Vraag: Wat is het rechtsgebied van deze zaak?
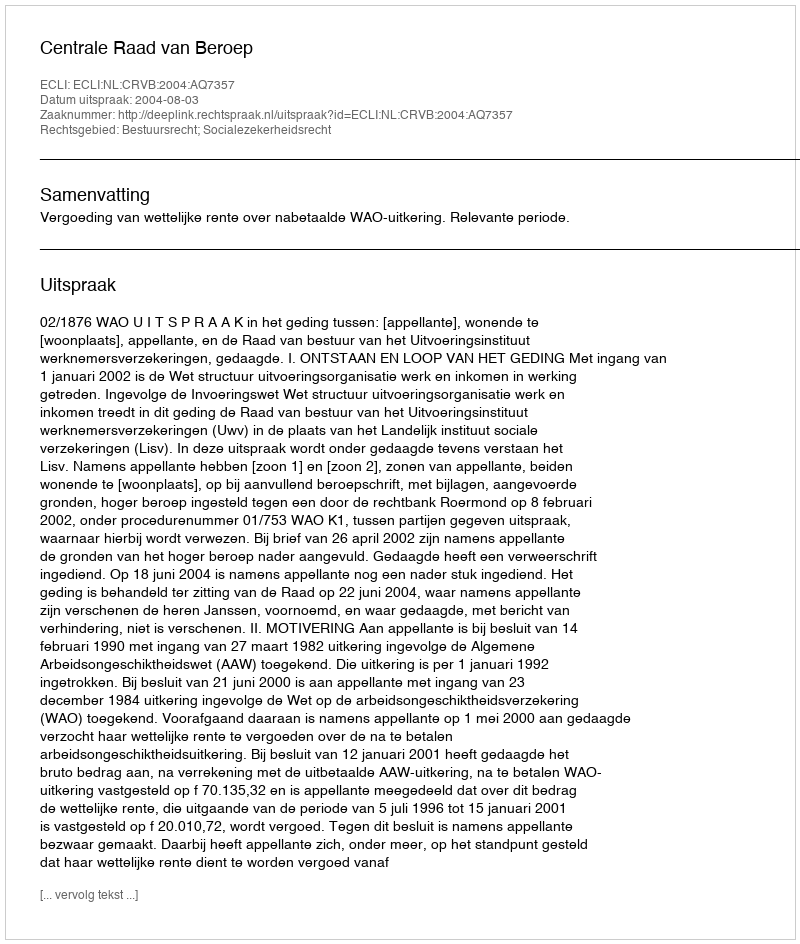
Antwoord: Bestuursrecht; Socialezekerheidsrecht